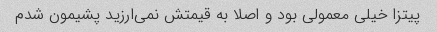
پیتزا خیلی معمولی بود و اصلا به قیمتش نمی‌ارزید پشیمون شدم